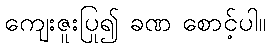
ကျေးဇူးပြု၍ ခဏ စောင့်ပါ။